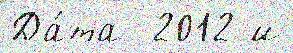
Да́та  2012 и